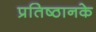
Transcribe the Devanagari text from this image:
प्रतिष्ठानके